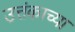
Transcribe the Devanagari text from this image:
उत्तंकाच्या